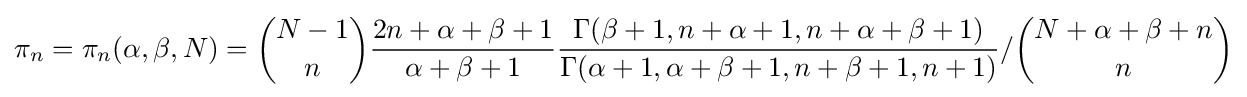
\pi _{n}=\pi _{n}(\alpha ,\beta ,N)={\binom {N-1}{n}}{\frac {2n+\alpha +\beta +1}{\alpha +\beta +1}}{\frac {\Gamma (\beta +1,n+\alpha +1,n+\alpha +\beta +1)}{\Gamma (\alpha +1,\alpha +\beta +1,n+\beta +1,n+1)}}/{\binom {N+\alpha +\beta +n}{n}}